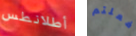
أطلانطس فعلتم